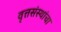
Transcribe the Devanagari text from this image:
वृत्तसंस्थांचा